Civil Veterinary Department Bihar & Orissa reports 1911-21 - 1911-1921
Year: 1911
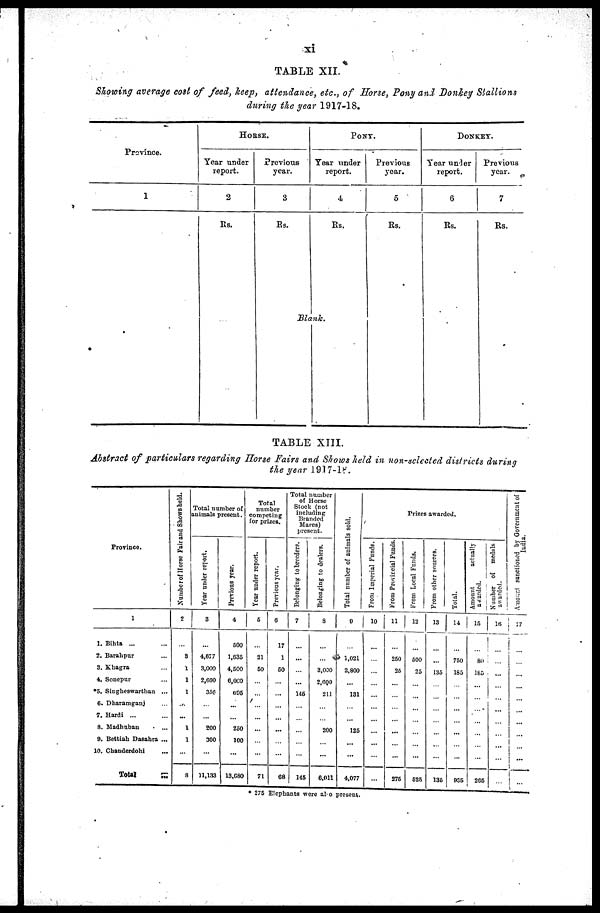
xi
TABLE XII.
Showing average cost of feed, keep, attendance, etc., of Horse, Pony and Donkey Stallions
during the year 1917-18.
Province.
1
HORSE.
Year under
report.
2
Rs.
Previous
year.
3
Rs.
PONY.
Tear under
report.
4
Rs.
Blank.
Previous
year.
5
Rs.
DONKEY.
Year under
report.
6
Rs.
Previous
year.
7
Rs.
TABLE XIII.
Abstract of particulars regarding Horse Fairs and Shows held in non-selected districts during
the year 1917-18.
Province
1
1. Bihta ... ...
2. Barahpur ...
3. Khagra ...
4. Sonepur ...
*5. Singheswarthan ...
6. Dharamganj ...
7. Harai ... ...
8. Madhuban ...
9. Bettiah Dasahra ...
10. Chanderdohi ...
Total
...
Number
of Horse Fair and Shows held.
2
...
3
1
1
1
...
...
1
1
...
8
Total number of
animals present.
Year under report.
3
...
4,877
3,000
2,600
356
...
...
200
300
...
11,133
Previous year.
4
500
1,635
4,500
6,000
005
...
...
250
100
...
13,680
Total
number
competing
for prizes.
Year under report.
5
...
21
50
...
...
...
...
...
...
...
71
Previous year.
6
17
1
50
...
...
...
...
...
...
...
68
Total number
of Horse
Stock (not
including
Branded
Mares)
present.
Belonging to breeders.
7
...
...
...
...
145
...
...
...
...
...
145
Belonging to dealers.
3
...
...
3,030
2,000
211
...
...
200
...
...
6,011
Total number
of animals sold.
9
...
1,021
2,800
...
131
...
...
125
...
...
4,077
Prizes awarded.
From Imperial Funds.
10
...
...
...
...
...
...
...
...
...
...
...
From Provincial Funds.
11
...
250
25
...
...
...
...
...
...
...
275
From Local Funds,
12
...
500
25
...
...
...
...
...
...
...
525
From other sources.
13
...
...
135
...
...
...
...
...
...
...
135
Total.
14
...
750
185
...
...
...
...
...
...
...
935
Amount
actually
awarded.
15
...
80
185
...
...
...
...
...
...
...
265
Number of medals
awarded.
16
...
...
...
...
...
...
...
...
...
...
...
Amount
sanctioned by Government of
India.
17
...
...
...
...
...
...
...
...
...
...
...
* 275 Elephants were also present.